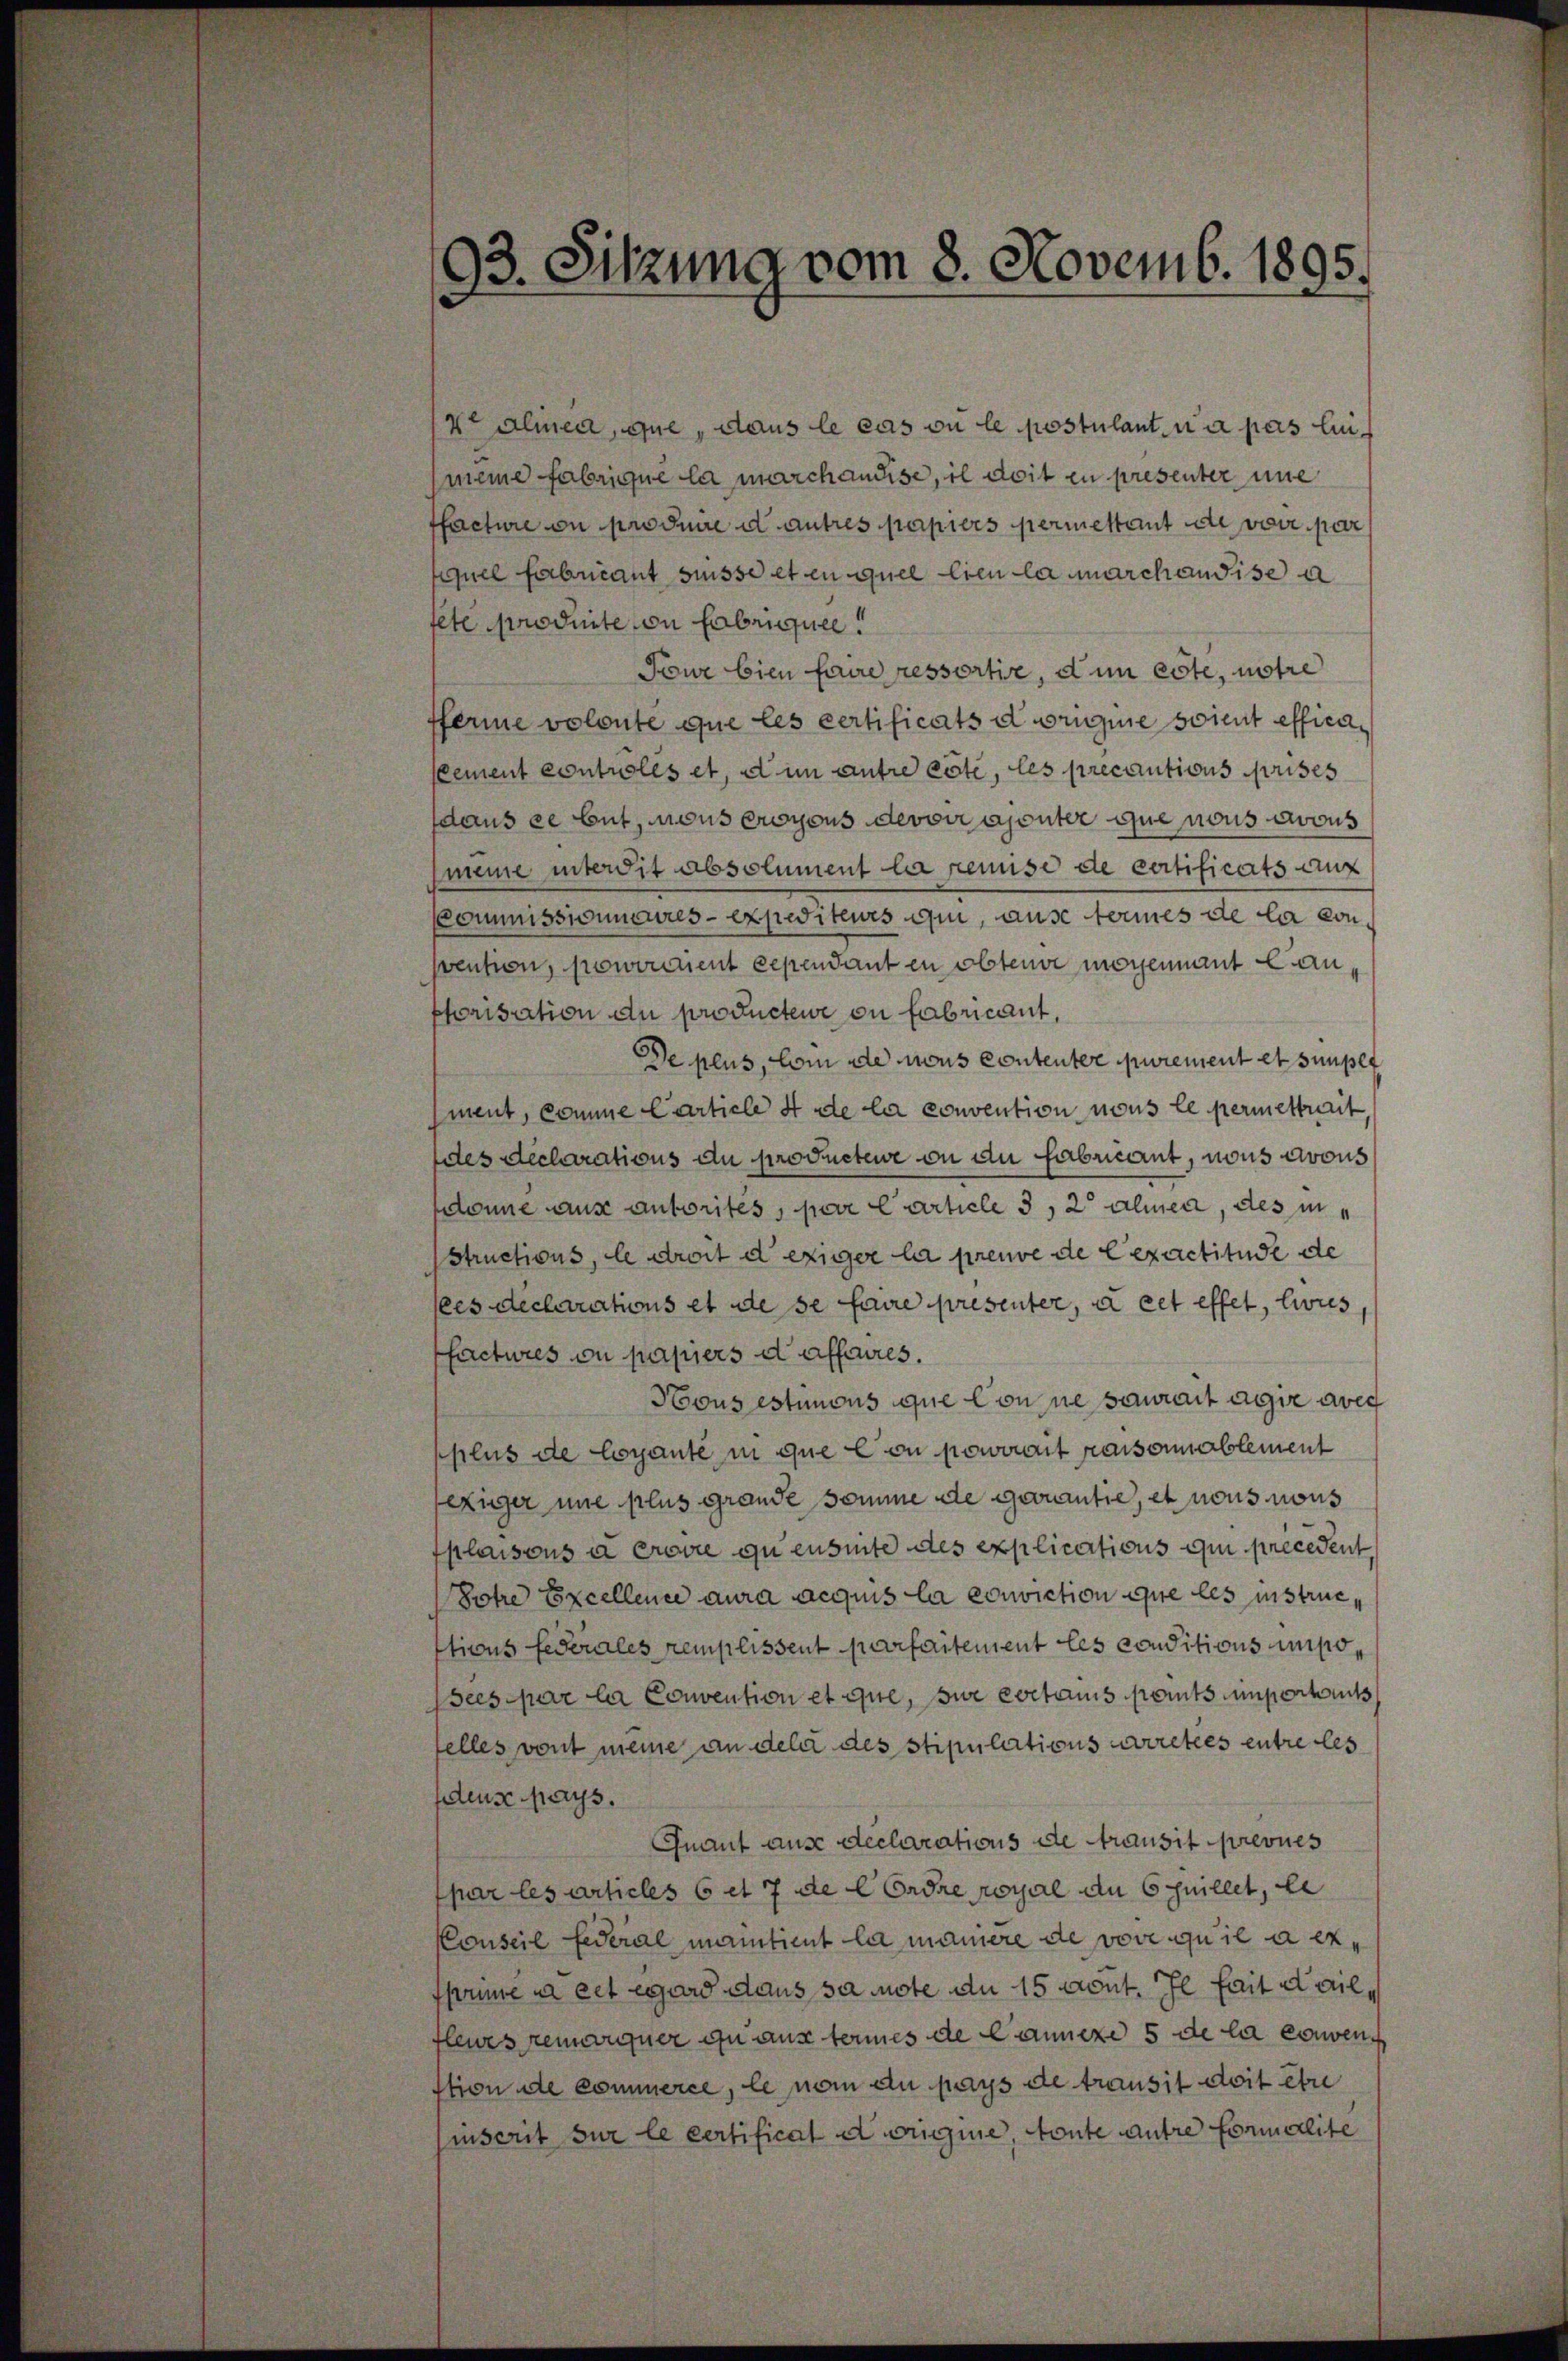
93. Sitzung vom 8. Novemb. 1895.

V almen, que, dans le cas ou le postulanten a pas linmeine Fabrique la marchanise, il doit en presenter une
ffacture on produire d autres papiers permettant die vor, par
quel fabricant suisse et en quel lieu la marchau dise a
fete produite von Fabrique.
Jowe bien faire ressortire, dem este, notre
fferie volonte que les certificats dirigine soient efficalement controles et, dem antre cote, les précautions prises
daus de Gut, aus ergons devoir ajouter que nous avous
meine unterdit absolument la remise de certificats auf
Commissionneres expediteurs qui, ause termes de la von
pention, powercent cependant en obtende moyennant lan
pforisation du productewe on fabricant,
De plus, loin die nous contenter purement et super
ment, comme Carticle 4 de la convention nous le permettrait
des declarations du productewe on du fabricant, nous avous
donne aus autorités, par Carticle 3, 2 almen, des in¬
Structions, le droit d exiger la preuve de lexactitude de
ces declarations et de se faire presenter, à cet effet, livres,
factures ou papiers d affaires.
Housestunons que Conne saurait ague avec
plus de loyante in que con pourrait raisonnablement
eziger une plus grande Somme de gerantie, es nous nous
splansons à croire qui ensuite des explications qui precedent
Dotre Excellence aura acquis la conviction que les instrucstions federales remplissent parfaitement les conditions inso¬
Sees par la Convention et que, sie ertaus amtsumpertus
felles vont meine an dele des stipulations Carrettes entre les
deus pays.
Gnant ause déclarations de transit prevues
par les articles 6 et 7 de l Ordre royal du 6 quillet, le
Conseil Federal mantient la maniere de vore qu’il a exprime il cet egard dans sa mote du 15 cout. Il fait d’ailfleurs remarquer ou aus termes de Cancke, 5 de la conven
stion de commerce, le nom du pays de transit doit être
hinscrit sur le certificat d origie, toute autre formalite